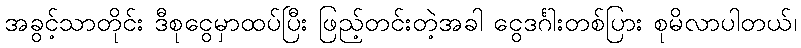
အခွင့်သာတိုင်း ဒီစုငွေမှာထပ်ပြီး ဖြည့်တင်းတဲ့အခါ ငွေဒင်္ဂါးတစ်ပြား စုမိလာပါတယ်၊